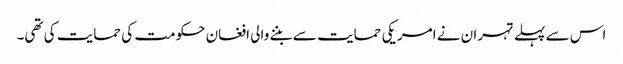
اس سے پہلے تہران نے امریکی حمایت سے بننے والی افغان حکومت کی حمایت کی تھی۔